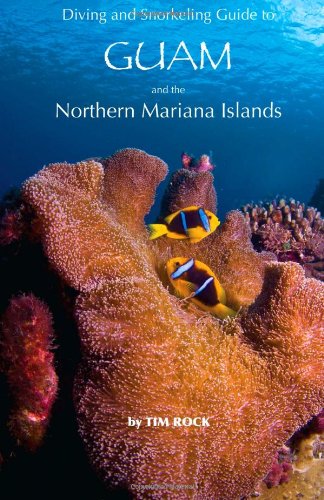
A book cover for Diving and Snorkeling Guide to Guam and the Northern Mariana Islands: Best Dive Sites on Guam & CNMI; Tim Rock; Travel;